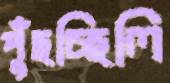
পুঁছচ্ছিলি